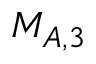
M _ { A , 3 }